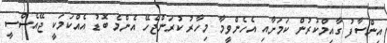
އިންސާފު ގާއިމްކުރުން ކަމަށާއި އެހެނެްވީމާ މިހާރު ކުރަންޖެހޭ އެންމެ ބޮޑު އެއްކަމަކީ ޖޭއެސްސީ